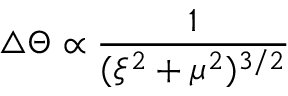
\triangle \Theta \propto \frac { 1 } { ( \xi ^ { 2 } + \mu ^ { 2 } ) ^ { 3 / 2 } }